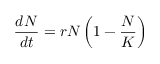
{ \frac { d N } { d t } } = r N \left( 1 - { \frac { N } { K } } \right)